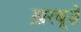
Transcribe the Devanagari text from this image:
ख़रबूज़े